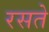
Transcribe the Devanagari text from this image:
रसते